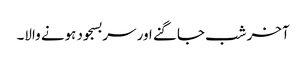
آخر شب جاگنے اور سربسجود ہونے والا۔